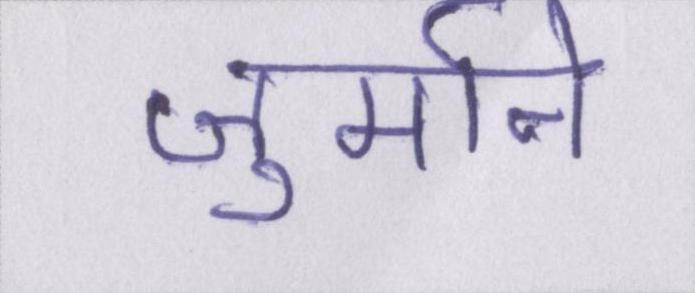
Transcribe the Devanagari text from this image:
जुर्माने